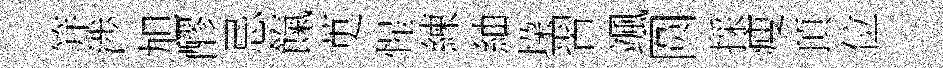
笄渉旭醪忌餼茰惺練紬垜習颯圆採瘦頂位